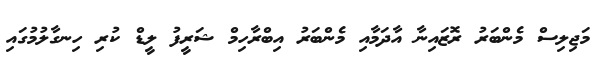
މަޖިލިސް މެންބަރު ރޮޒައިނާ އާދަމާއި މެންބަރު އިބްރާހިމް ޝަރީފު ލީޑް ކުރި ހިނގާލުމުގައި